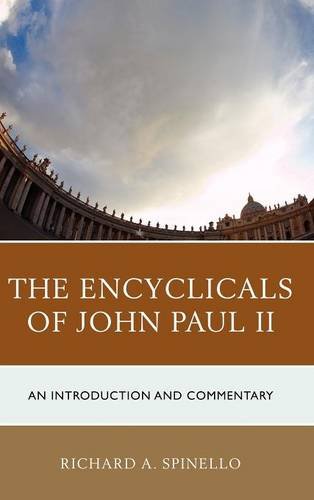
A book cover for The Encyclicals of John Paul II: An Introduction and Commentary; Richard A. Spinello; Christian Books & Bibles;